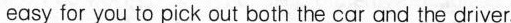
easy for you to pick out both the car and the driver.